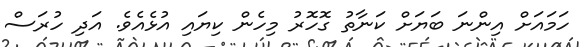
ހަމައަށް އިންނަ ބަޔަށް ކަނާތު ގޮހޮރު މިހެން ކިޔައި އުޅެއެވެ. އަދި ހުރަސް